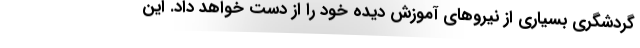
گردشگری بسیاری از نیروهای آموزش دیده خود را از دست خواهد داد. این